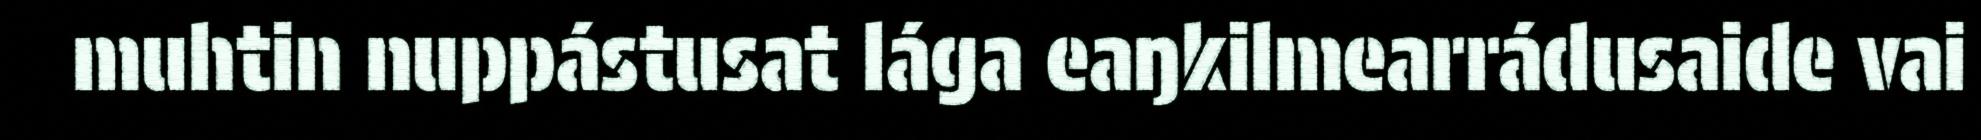
muhtin nuppástusat lága eaŋkilmearrádusaide vai